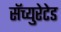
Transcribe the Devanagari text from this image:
सॅच्युरेटेड